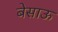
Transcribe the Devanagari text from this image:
बेसाऊ